Indian journal of veterinary science and animal husbandry - Volumes 18-21, 1948-1951
Year: 1948
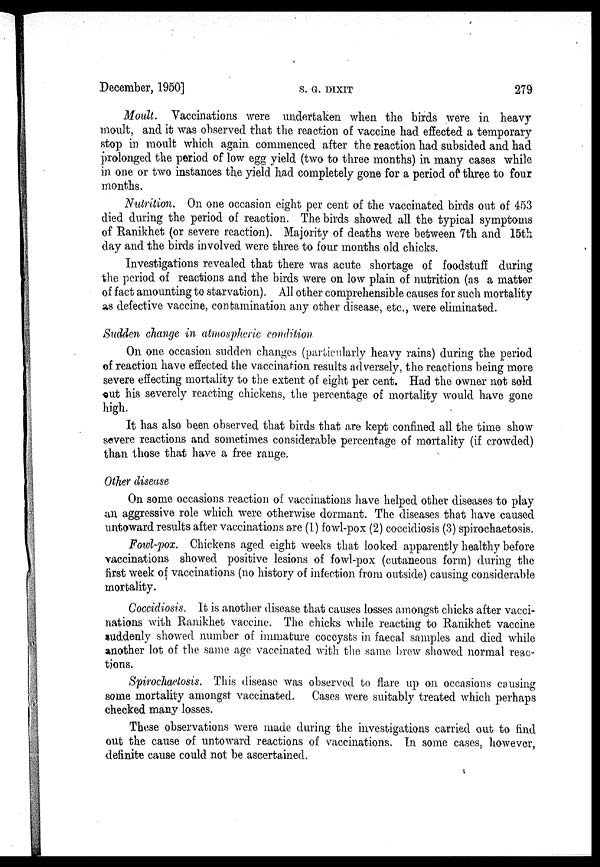
December, 1950]
S.
G.
DIXIT
279
Moult. Vaccinations were undertaken when the birds were in heavy
moult, and it was observed that the reaction of vaccine had effected a temporary
stop in moult which again commenced after the reaction had subsided and had
prolonged the period of low egg yield (two to three months) in many cases while
in one or two instances the yield had completely gone for a period of three to four
months.
Nutrition. On one occasion eight per cent of the vaccinated birds out of 453
died during the period of reaction. The birds showed all the typical symptoms
of Ranikhet (or severe reaction). Majority of deaths were between 7th and 15th
day and the birds involved were three to four months old chicks.
Investigations revealed that there was acute shortage of foodstuff during
the period of reactions and the birds were on low plain of nutrition (as a matter
of fact amounting to starvation). All other comprehensible causes for such mortality
as defective vaccine, contamination any other disease, etc., were eliminated.
Sudden change in atmospheric condition
On one occasion sudden changes (particularly heavy rains) during the period
of reaction have effected the vaccination results adversely, the reactions being more
severe effecting mortality to the extent of eight per cent. Had the owner not sold
out his severely reacting chickens, the percentage of mortality would have gone
high.
It has also been observed that birds that are kept confined all the time show
severe reactions and sometimes considerable percentage of mortality (if crowded)
than those that have a free range.
Other disease
On some occasions reaction of vaccinations have helped other diseases to play
an aggressive role which were otherwise dormant. The diseases that have caused
untoward results after vaccinations are (1) fowl-pox (2) coccidiosis (3) spirochaetosis.
Fowl-pox. Chickens aged eight weeks that looked apparently healthy before
vaccinations showed positive lesions of fowl-pox (cutaneous form) during the
first week of vaccinations (no history of infection from outside) causing considerable
mortality.
Coccidiosis. It is another disease that causes losses amongst chicks after vacci-
nations with Ranikhet vaccine. The chicks while reacting to Ranikhet vaccine
suddenly showed number of immature coccysts in faecal samples and died while
another lot of the same age vaccinated with the same brew showed normal reac-
tions.
Spirochaetosis. This disease was observed to flare up on occasions causing
some mortality amongst vaccinated. Cases were suitably treated which perhaps
checked many losses.
These observations were made during the investigations carried out to find
out the cause of untoward reactions of vaccinations. In some cases, however,
definite cause could not be ascertained.